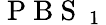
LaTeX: \mathrm{~P~B~S~}_{\mathrm{~1~}}